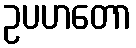
ဥပဟတော